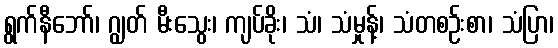
ရွက်နီဘော်၊ ဂျွတ် မီးသွေး၊ ကျပ်ခိုး၊ သံ၊ သံမှုန့်၊ သံတစဉ်းစာ၊ သံပြာ၊